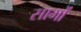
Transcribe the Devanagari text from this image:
सामों